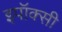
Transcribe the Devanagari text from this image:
इपॉक्सी